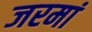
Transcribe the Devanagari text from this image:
जरमां